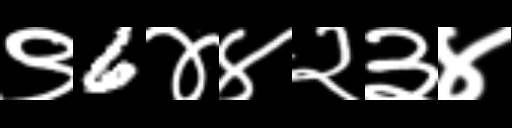
Text: ९6४४२३४